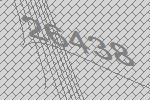
26438